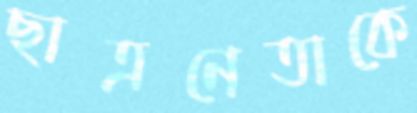
ছাত্রনেতাকে